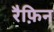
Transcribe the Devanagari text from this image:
रैफ़िन